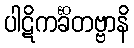
ပါဋိကင်္ခိတဗ္ဗာနိ